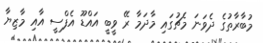
މުބާރާތުގެ ދެވަނަ މެޗުގައި މާދަމާ ރޭ ވީބީ އައްޑޫ އެފްސީ އާއި މާޒިޔާ